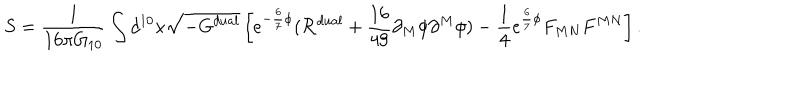
LaTeX: S = { \frac { 1 } { 1 6 \pi G _ { 1 0 } } } \int d ^ { 1 0 } x \sqrt { - G ^ { d u a l } } \left[ e ^ { - { \frac { 6 } { 7 } } \phi } ( { \cal R } ^ { d u a l } + { \frac { 1 6 } { 4 9 } } \partial _ { M } \phi \partial ^ { M } \phi ) - { \frac { 1 } { 4 } } e ^ { { \frac { 6 } { 7 } } \phi } F _ { M N } F ^ { M N } \right] .